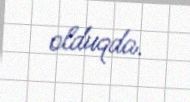
olduqda.